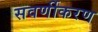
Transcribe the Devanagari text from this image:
सवर्णीकरण